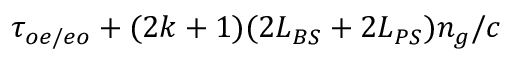
\tau _ { o e / e o } + ( 2 k + 1 ) ( 2 L _ { B S } + 2 L _ { P S } ) n _ { g } / c